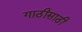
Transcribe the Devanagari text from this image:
गाठीसाठी